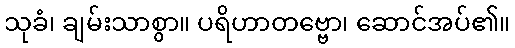
သုခံ၊ ချမ်းသာစွာ။ ပရိဟာတဗ္ဗော၊ ဆောင်အပ်၏။